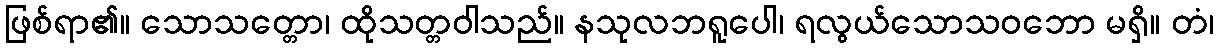
ဖြစ်ရာ၏။ သောသတ္တော၊ ထိုသတ္တဝါသည်။ နသုလဘရူပေါ၊ ရလွယ်သောသဝဘော မရှိ။ တံ၊